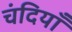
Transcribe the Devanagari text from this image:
चंदियाँ